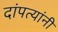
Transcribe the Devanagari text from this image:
दांपत्यांनी